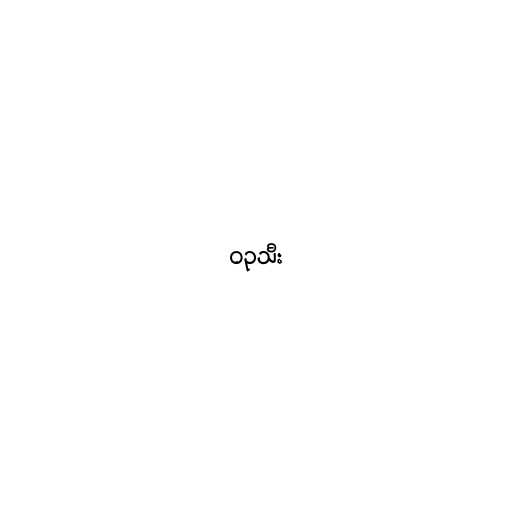
ဝဥသီး